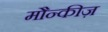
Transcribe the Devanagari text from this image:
मौन्कीज़